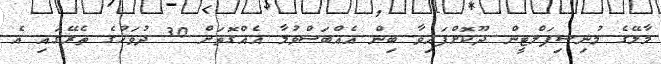
މާލޭގެ މުނިސިޕަލްޓީން ދޫކޮށްފައިވާ ބިން އެއްބަސްވުމާ އެއްގޮތަށް 30 ދުވަހުގެ ތެރޭގައި އެ